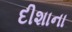
દીશાના